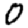
Digit: 0